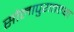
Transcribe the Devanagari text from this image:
सोलापुरातल्या